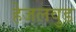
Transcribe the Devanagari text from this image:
हेजलवुड